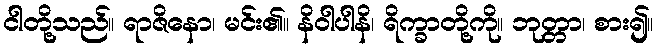
ငါတို့သည်။ ရာဇိနော၊ မင်း၏။ နိဝါပါနိ၊ ရိက္ခာတို့ကို။ ဘုတ္တာ၊ စား၍။